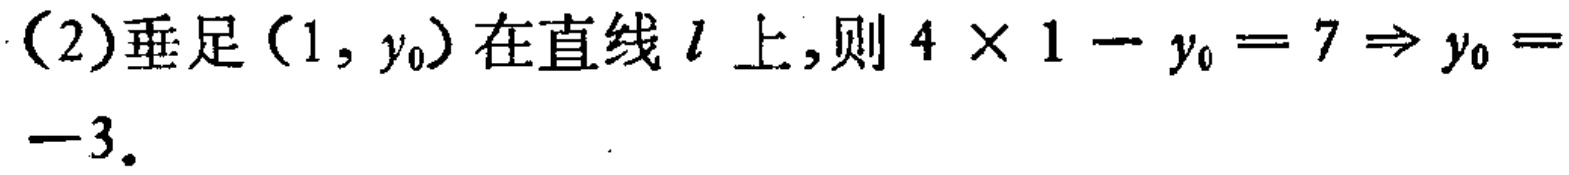
(2)垂足\((1,y_{0})\)在直线\(l\)上,则\(4\times 1 - y_{0}=7\Rightarrow y_{0}=-3\).